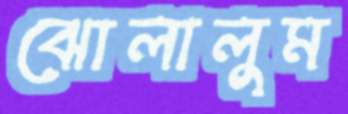
ঝোলালুম